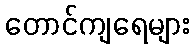
တောင်ကျရေများ